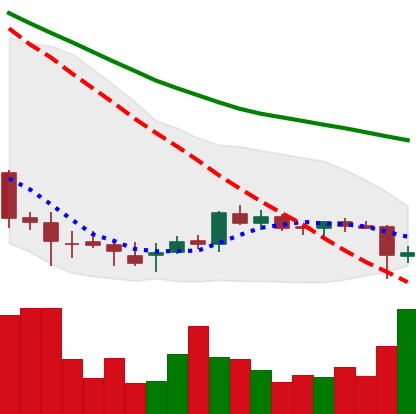
Ticker: DOGE-USD
Chart end date: 2018-07-11
Forward return: 17.691%
Label: up_7plus